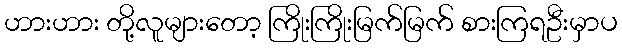
ဟားဟား တို့လူများတော့ ကြိုးကြိုးမြက်မြက် စားကြရဦးမှာပ